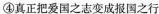
④真正把爱国之志变成报国之行